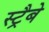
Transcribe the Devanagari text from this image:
स्ट्रैबे